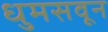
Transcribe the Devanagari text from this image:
धुमसवून